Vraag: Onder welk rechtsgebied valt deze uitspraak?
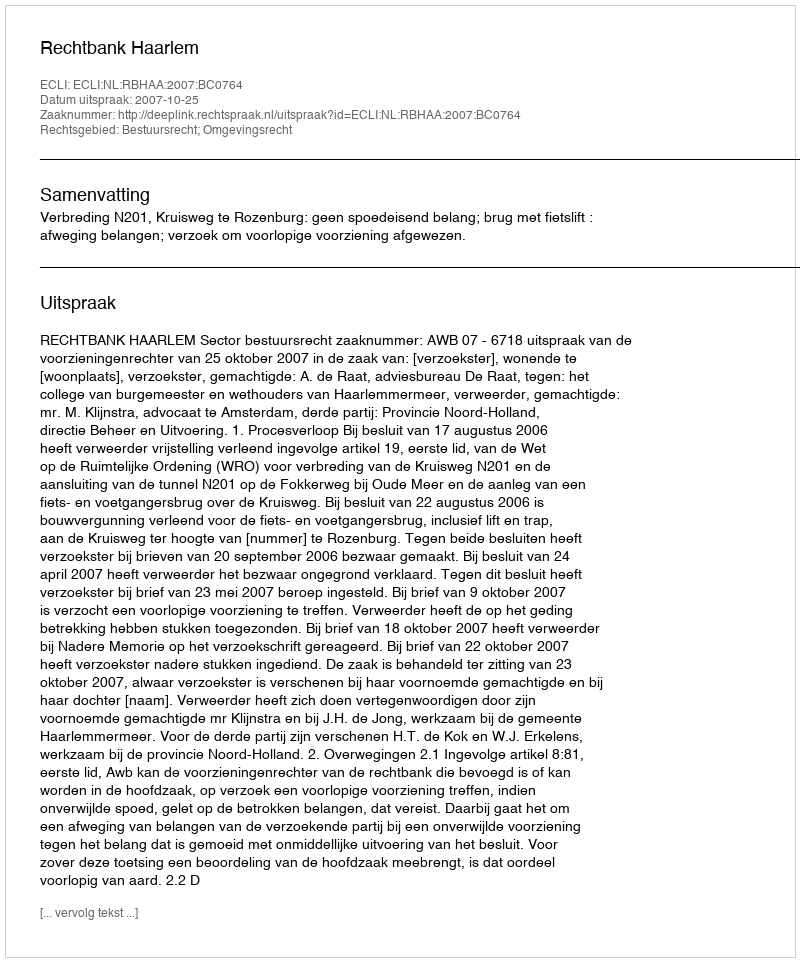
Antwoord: Bestuursrecht; Omgevingsrecht